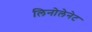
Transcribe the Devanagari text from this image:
लिनोलेनेट